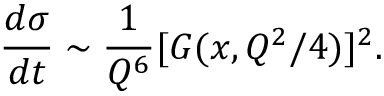
\frac { d \sigma } { d t } \sim \frac { 1 } { Q ^ { 6 } } [ G ( x , Q ^ { 2 } / 4 ) ] ^ { 2 } .